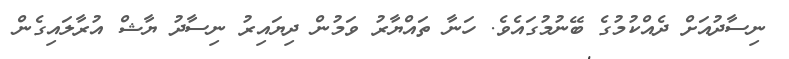
ނިސާދުއަށް ދެއްކުމުގެ ބޭނުމުގައެވެ. ހަނާ ތައްޔާރު ވަމުން ދިޔައިރު ނިސާދު ޔާޝް އުރާލައިގެން